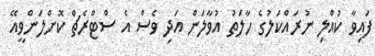
ފައިވާ ކުއްލި ނުރައްކަލުގެ ހާލަތު އުވާލަން އަދި ވެސް އެ ސްޓްރެޗް ކޮށްލަންވީއޭ